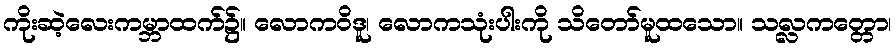
ကိုးဆဲ့လေးကမ္ဘာထက်၌။ လောကဝိဒူ၊ လောကသုံးပါးကို သိတော်မူထသော။ သလ္လကတ္တော၊